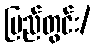
ပြည်တွင်း/